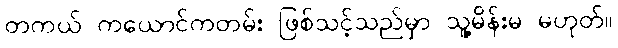
တကယ် ကယောင်ကတမ်း ဖြစ်သင့်သည်မှာ သူ့မိန်းမ မဟုတ်။